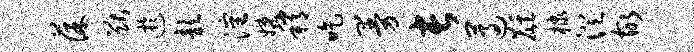
葆猷迂歆沈婕稍吃曼长遵麒棣澄故